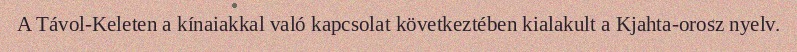
A Távol-Keleten a kínaiakkal való kapcsolat következtében kialakult a Kjahta-orosz nyelv.